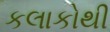
કલાકોથી